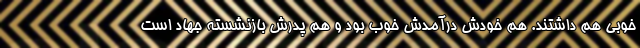
خوبی هم داشتند. هم خودش درآمدش خوب بود و هم پدرش بازنشسته جهاد است